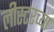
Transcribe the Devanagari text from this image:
लीस्टरच्या